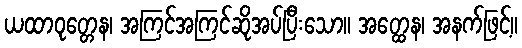
ယထာဝုတ္တေန၊ အကြင်အကြင်ဆိုအပ်ပြီးသော။ အတ္ထေန၊ အနက်ဖြင့်။